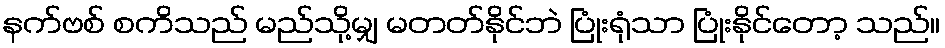
နက်ဗစ် စကိသည် မည်သို့မျှ မတတ်နိုင်ဘဲ ပြုံးရုံသာ ပြုံးနိုင်တော့ သည်။